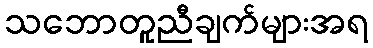
သဘောတူညီချက်များအရ